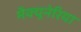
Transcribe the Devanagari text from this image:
मैक्यूनेरिया